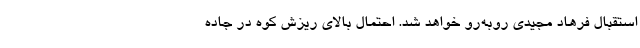
استقبال فرهاد مجیدی روبه‌رو خواهد شد. احتمال بالای ریزش کوه در جاده